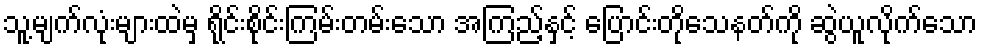
သူ့မျက်လုံးများထဲမှ ရိုင်းစိုင်းကြမ်းတမ်းသော အကြည့်နှင့် ပြောင်းတိုသေနတ်ကို ဆွဲယူလိုက်သော